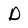
Character: D